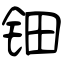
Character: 钿